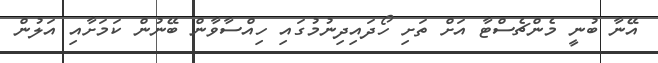
އޭނާ ބުނީ މެންޗެސްޓާ އަށް ތަށި ހޯދައިދިނުމުގައި ހިއްސާވާން ބޭނުން ކަމަށާއި އަލުން